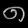
Digit: ၈